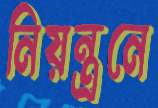
নিয়ন্ত্রনে